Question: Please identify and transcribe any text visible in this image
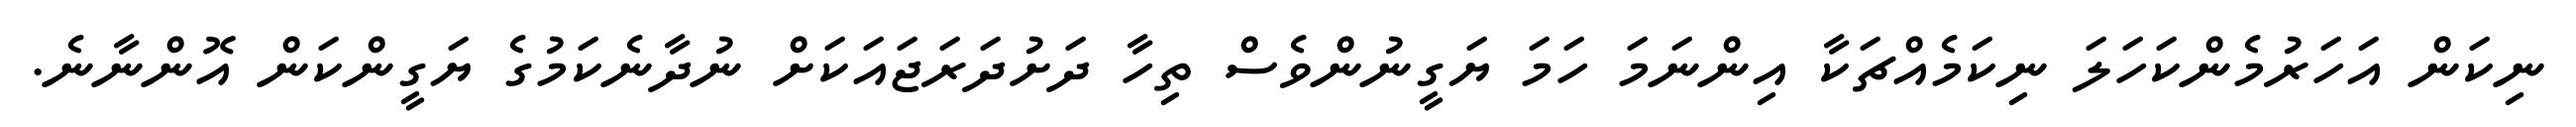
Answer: ނިކަން އަހަރުމެންކަހަލަ ނިކަމެއްޗަކާ އިންނަމަ ހަމަ ޔަގީނުންވެސް ތިހާ ދަށުދަރަޖައަކަށް ނުދާނެކަމުގެ ޔަގީންކަން އޮންނާނެ.